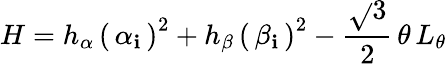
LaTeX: H=h_{\alpha}\, \left(\, \alpha_{\mathbf{i}}\, \right)^{2}+h_{\beta}\, \left(\, \beta_{\mathbf{i}}\, \right)^{2}-\frac{{\sqrt{}{3}}}{{2}}\, \theta\, L_{\theta}